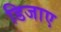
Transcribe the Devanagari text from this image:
डिजाए